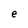
Character: e